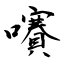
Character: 㘔